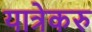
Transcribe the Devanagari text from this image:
यात्रेकरु